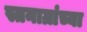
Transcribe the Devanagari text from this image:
स्तनाग्रांच्या